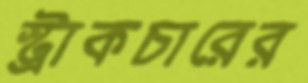
স্ট্রাকচারের